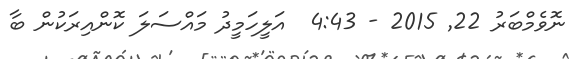
ނޮވެމްބަރު 22